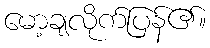
မော့ချလိုက်ပြန်၏။